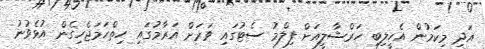
އަދި މިކަމުން އެހީލިބި ހަރްޝާލީއަށް ފިލްމު ސެޓުގައި ވަރަށް އަރާމުގައި ހިތްހަމަޖެހިގެން އުޅެވުނު